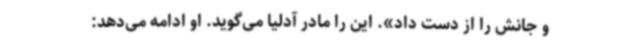
و جانش را از دست داد». این را مادر آدلیا می‌گوید. او ادامه می‌دهد: